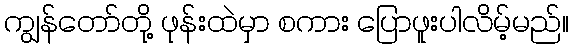
ကျွန်တော်တို့ ဖုန်းထဲမှာ စကား ပြောဖူးပါလိမ့်မည်။